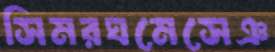
সিমরঘমেসেঞ